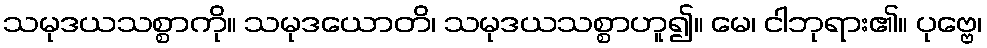
သမုဒယသစ္စာကို။ သမုဒယောတိ၊ သမုဒယသစ္စာဟူ၍။ မေ၊ ငါဘုရား၏။ ပုဗ္ဗေ၊